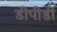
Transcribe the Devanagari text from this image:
डीपीडी